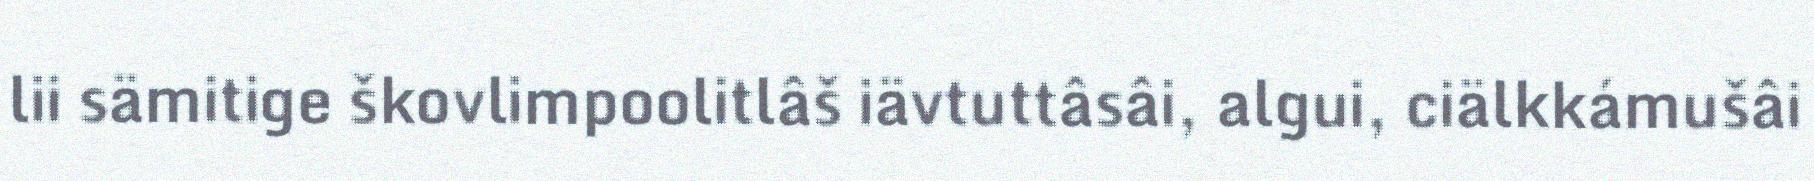
lii sämitige škovlimpoolitlâš iävtuttâsâi, algui, ciälkkámušâi